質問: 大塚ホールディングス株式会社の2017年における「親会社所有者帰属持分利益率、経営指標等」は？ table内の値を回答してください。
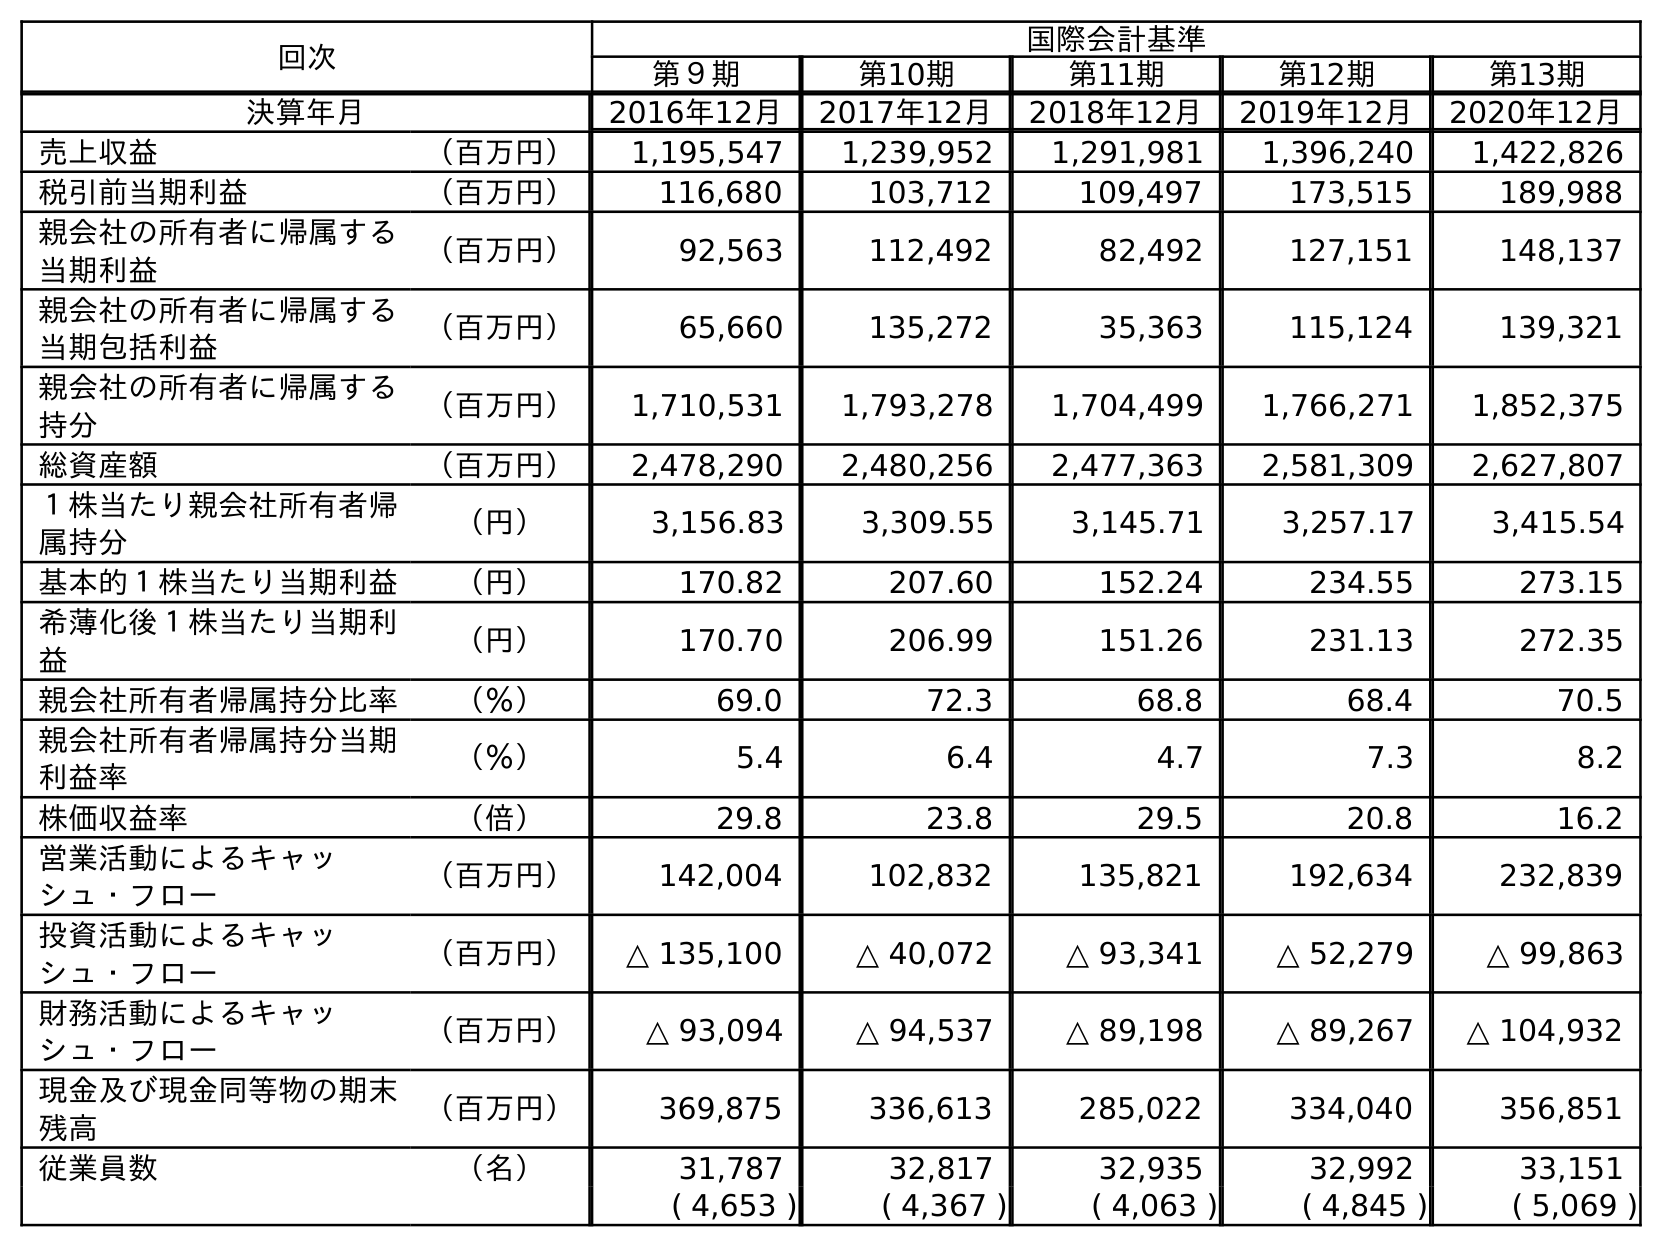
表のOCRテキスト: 回次 国際会計基準 第９期 第10期 第11期 第12期 第13期 決算年月 2016年12月 2017年12月 2018年12月 2019年12月 2020年12月 売上収益 （百万円） 1,195,547 1,239,952 1,291,981 1,396,240 1,422,826 税引前当期利益 （百万円） 116,680 103,712 109,497 173,515 189,988 親会社の所有者に帰属する 当期利益 （百万円） 92,563 112,492 82,492 127,151 148,137 親会社の所有者に帰属する 当期包括利益 （百万円） 65,660 135,272 35,363 115,124 139,321 親会社の所有者に帰属する 持分 （百万円） 1,710,531 1,793,278 1,704,499 1,766,271 1,852,375 総資産額 （百万円） 2,478,290 2,480,256 2,477,363 2,581,309 2,627,807 １株当たり親会社所有者帰 属持分 （円） 3,156.83 3,309.55 3,145.71 3,257.17 3,415.54 基本的１株当たり当期利益 （円） 170.82 207.60 152.24 234.55 273.15 希薄化後１株当たり当期利 益 （円） 170.70 206.99 151.26 231.13 272.35 親会社所有者帰属持分比率 （％） 69.0 72.3 68.8 68.4 70.5 親会社所有者帰属持分当期 利益率 （％） 5.4 6.4 4.7 7.3 8.2 株価収益率 （倍） 29.8 23.8 29.5 20.8 16.2 営業活動によるキャッ シュ・フロー （百万円） 142,004 102,832 135,821 192,634 232,839 投資活動によるキャッ シュ・フロー （百万円） △ 135,100 △ 40,072 △ 93,341 △ 52,279 △ 99,863 財務活動によるキャッ シュ・フロー （百万円） △ 93,094 △ 94,537 △ 89,198 △ 89,267 △ 104,932 現金及び現金同等物の期末 残高 （百万円） 369,875 336,613 285,022 334,040 356,851 従業員数 （名） 31,787 32,817 32,935 32,992 33,151 ( 4,653 ) ( 4,367 ) ( 4,063 ) ( 4,845 ) ( 5,069 )
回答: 6.4